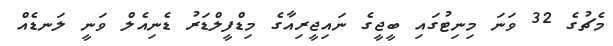
މެޗުގެ 32 ވަނަ މިނިޓުގައި ބީޖީގެ ނައިޖީރިއާގެ މިޑްފީލްޑަރު ޑެނިއެލް ވަނީ ލަނޑެއް